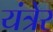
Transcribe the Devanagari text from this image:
यंत्रेर